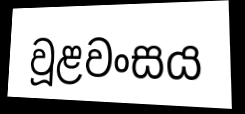
වූළවංසය